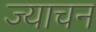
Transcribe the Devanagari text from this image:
ज्याचन